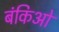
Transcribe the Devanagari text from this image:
बंकिओं